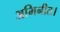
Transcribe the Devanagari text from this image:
अभिनीत।